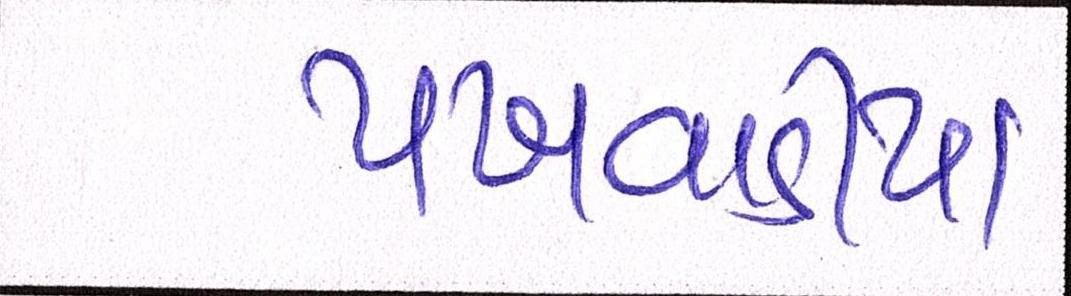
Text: પખવાડીયા